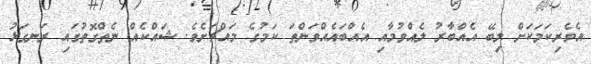
އެވެރިކަމަކަށް ލިބޭ އެއްބާރު ލެއްވުމާއި އެއްބައެއްވަންތަ ކަމުގެ މައްޗަށެވެ. ޝައްކެއް ނެތްގޮތުގައި ރަނގަޅު